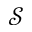
\mathcal { S }